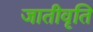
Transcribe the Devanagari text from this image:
जातीवृति